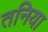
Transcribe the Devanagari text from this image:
तनिया